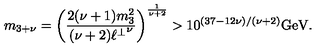
m _ { 3 + \nu } = \left( \frac { 2 ( \nu + 1 ) m _ { 3 } ^ { 2 } } { ( \nu + 2 ) { \ell ^ { \perp } } ^ { \nu } } \right) ^ { \frac { 1 } { \nu + 2 } } > 1 0 ^ { ( 3 7 - 1 2 \nu ) / ( \nu + 2 ) } \mathrm { G e V } .